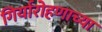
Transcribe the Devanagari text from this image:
गिर्यारोहणाच्या